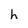
Character: h